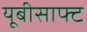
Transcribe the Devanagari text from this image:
यूबीसाफ्ट